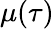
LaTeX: \mu(\tau)